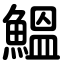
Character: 鰮